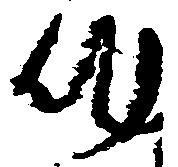
作